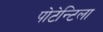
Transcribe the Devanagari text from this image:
पोटेन्टिला